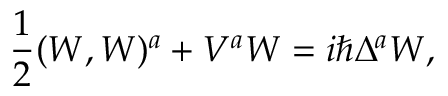
\frac { 1 } { 2 } ( W , W ) ^ { a } + V ^ { a } W = i \hbar \Delta ^ { a } W ,